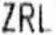
ZRL